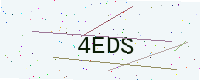
Text: 4EDS